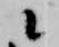
候